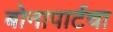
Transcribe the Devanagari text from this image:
बोनापार्टचा